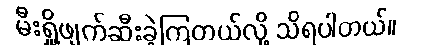
မီးရှို့ဖျက်ဆီးခဲ့ကြတယ်လို့ သိရပါတယ်။